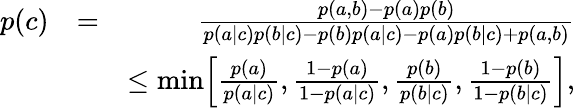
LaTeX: \begin{array}{rlr}{p(c)}&{=}&{\frac{p(a,b)-p(a)p(b)}{p(a|c)p(b|c)-p(b)p(a|c)-p(a)p(b|c)+p(a,b)}}\\ &{}&{\leq\mathrm{min}\Big[\frac{p(a)}{p(a|c)},\frac{1-p(a)}{1-p(a|c)},\frac{p(b)}{p(b|c)},\frac{1-p(b)}{1-p(b|c)}\Big],}\end{array}